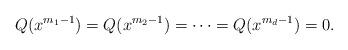
LaTeX: \begin{align*}Q(x^{m_1-1})=Q(x^{m_2-1})=\cdots=Q(x^{m_d-1})=0.\end{align*}